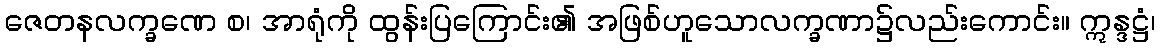
ဇေတနလက္ခဏေ စ၊ အာရုံကို ထွန်းပြကြောင်း၏ အဖြစ်ဟူသောလက္ခဏာ၌လည်းကောင်း။ ဣန္ဒဋ္ဌံ၊